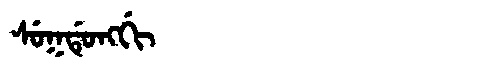
Manchu: ᠰᡠᡴᡩᡠᠩᡤᡳ
Romanization: SUKDUNGGI